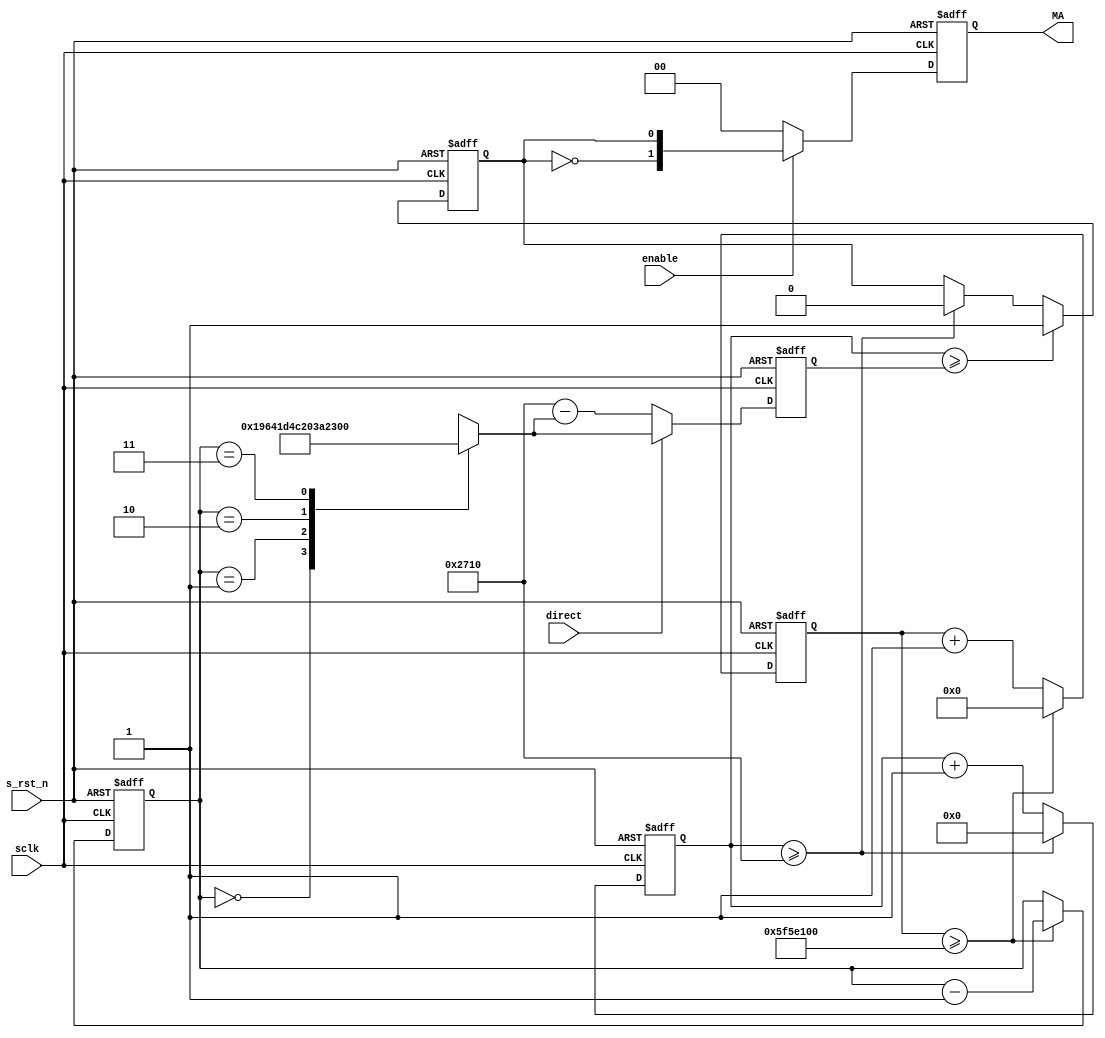

module  pwm(
        // system signals 
        input                   sclk                    ,
        input                   s_rst_n                 ,
        // input signals
        input                   enable                  ,       //
        input                   direct                  ,       //
        //output signals
        output  [ 1:0]          MA                              //
);

//============================================================\
// ========= Define Parameter and Internal Signals ==========
//============================================================/ 
parameter               PERIOD  =       'd10_000        ;
parameter               SHIFT   =       'd100_000_000   ;

reg     [29:0]          cnt_spd                         ;
reg     [15:0]          cnt_r                           ;
reg     [15:0]          cntReg                          ;
reg     [15:0]          cnt                             ;
reg                     pulseout                        ;
reg     [ 1:0]          MA_r                            ;
reg     [ 1:0]          spd_sel                         ;       //
//====================================================================
// ***************      Main    Code    ***************
//====================================================================
assign  MA      =       MA_r;   
      
// speed change
always  @(posedge sclk or negedge s_rst_n) begin
        if(s_rst_n == 1'b0)
                cnt_spd <=      'd0;
        else if(cnt_spd >= SHIFT)
                cnt_spd <=      'd0;
        else
                cnt_spd <=      cnt_spd + 1'b1;
end  

always  @(posedge sclk or negedge s_rst_n) begin
        if (!s_rst_n)
                spd_sel <=      2'b11;
        else if(cnt_spd >= SHIFT)
                spd_sel <=      spd_sel - 1'b1;
end 

// pulse create
always  @( spd_sel ) begin 
        case (spd_sel)
                2'b00 :    cnt_r        <=      PERIOD - 'd3500; 
                2'b01 :    cnt_r        <=      PERIOD - 'd2500; 
                2'b10 :    cnt_r        <=      PERIOD - 'd1750; 
                2'b11 :    cnt_r        <=      PERIOD - 'd1000; 
        endcase 
end 

always  @(posedge sclk or negedge s_rst_n ) begin  
        if (!s_rst_n)
                cntReg  <=      16'b0;
        else if (direct == 1'b1)
                cntReg  <=      cnt_r;
        else if (direct == 1'b0)
                cntReg  <=      PERIOD - cnt_r;
end

always  @(posedge sclk or negedge s_rst_n ) begin  
        if (!s_rst_n)
                cnt     <=      16'b0;
        else if (cnt >= PERIOD)
                cnt     <=      'b0;
        else
                cnt     <=      cnt + 1;
end

always  @(posedge sclk or negedge s_rst_n ) begin  
        if (!s_rst_n)
                pulseout        <=      1'b0;
        else if (cnt >= cntReg)
                pulseout        <=      1'b1;
        else if (cnt >= PERIOD)
                pulseout        <=      1'b0;
end 

always  @(posedge sclk or negedge s_rst_n ) begin  
        if (!s_rst_n)
                MA_r    <=      2'b00;
        else if (enable == 1'b0)
                MA_r    <=      2'b00;
        else       
                MA_r    <=      {~pulseout,pulseout};
end
                
endmodule